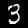
Label: 3